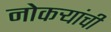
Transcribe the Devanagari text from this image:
नोकर्‍यांची